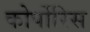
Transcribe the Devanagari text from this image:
कोर्पोरिस